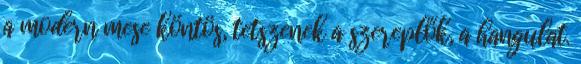
a modern mese köntös, tetszenek a szereplők, a hangulat.